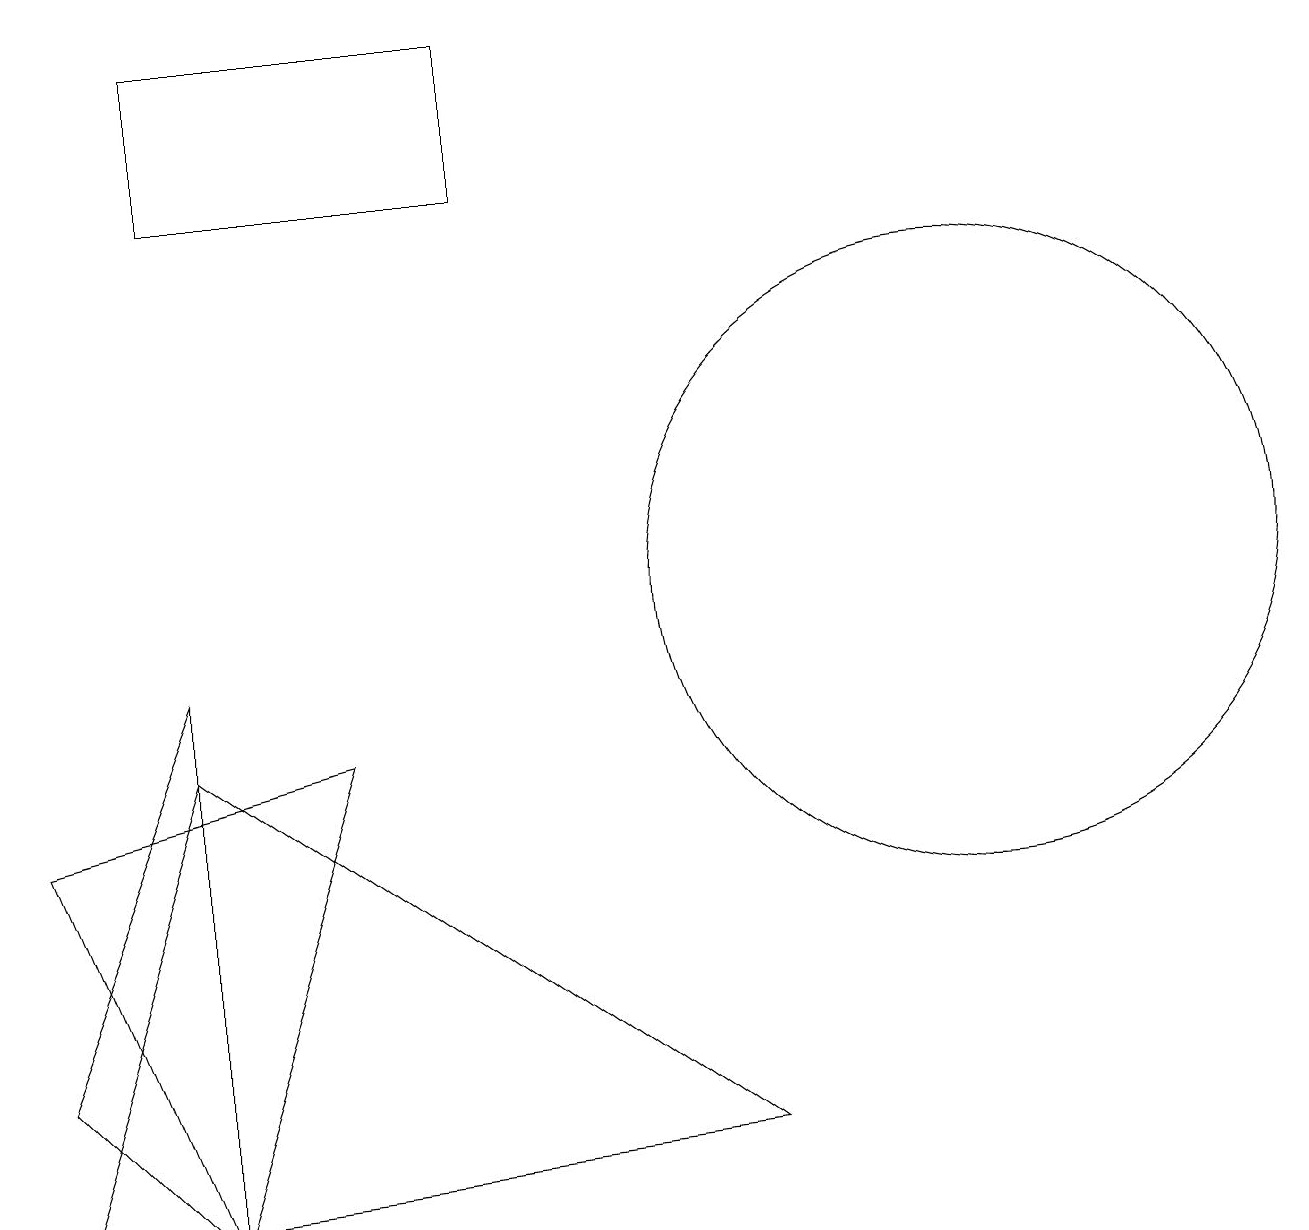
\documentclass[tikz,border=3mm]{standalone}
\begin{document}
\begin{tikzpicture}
\draw (12,10) circle (4);
\draw (0,4) -- (2,2) -- (2,9) -- cycle;
\draw (2,2) -- (4,8) -- (0,7) -- cycle;
\draw (2,17) rectangle (6,15);
\draw (0,2) -- (9,3) -- (2,8) -- cycle;
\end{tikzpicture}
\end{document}